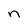
Character: n